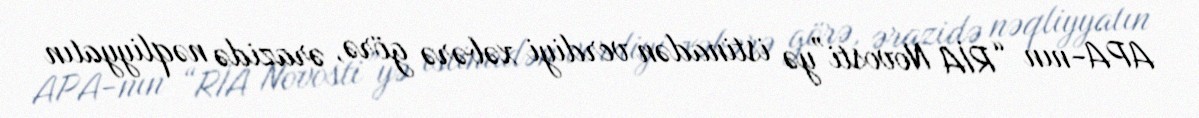
APA-nın “RİA Novosti”yə istinadən verdiyi xəbərə görə, ərazidə nəqliyyatın